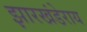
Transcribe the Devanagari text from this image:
झारखंडेराय